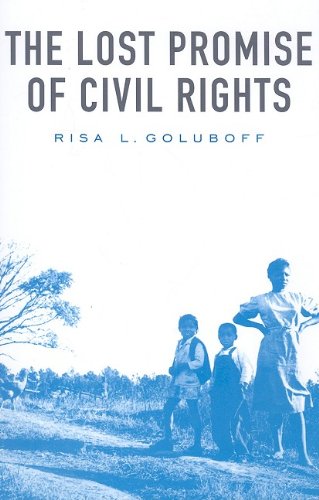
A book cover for The Lost Promise of Civil Rights; Risa L. Goluboff; Law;